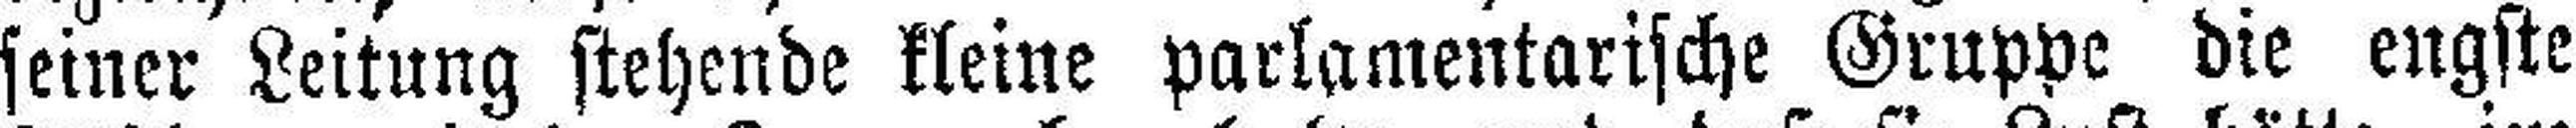
seiner Leitung stehende kleine parlamentarische Gruppe die engste